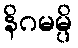
နိဂမမ္ပိ